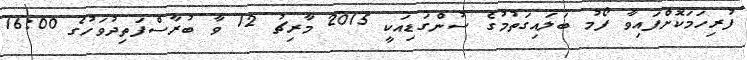
ފުރިހަމަކޮށްފައިވާ ފޯމު ބަލައިގަތުމުގެ ސުންގަޑިއަކީ 2015 މާރިޗު 12 ވާ ބުރާސްފަތިދުވަހުގެ 16:00